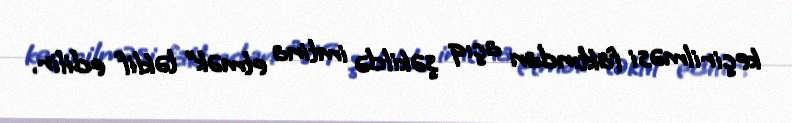
keçirilməsi faktından açıq şəkildə imtina etmək” təklif edilir.